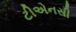
ટીએનસી